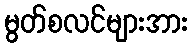
မွတ်စလင်များအား